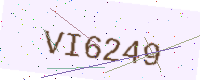
Text: VI6249